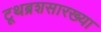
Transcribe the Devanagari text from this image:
टूथब्रशसारख्या